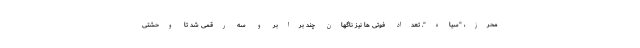
محرز، "سیاه". تعداد فوتی ها نیز ناگهان چند برابر و سه رقمی شد تا وحشتی